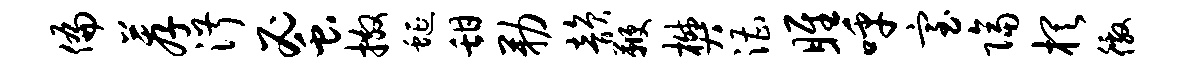
偏荐淑蜜撒蜒甜勒韵鞭樊漕雎呼室隔棋徼